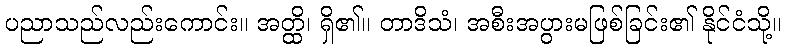
ပညာသည်လည်းကောင်း။ အတ္ထိ၊ ရှိ၏။ တာဒိသံ၊ အစီးအပွားမဖြစ်ခြင်း၏ နိုင်ငံသို့။